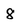
Character: 8